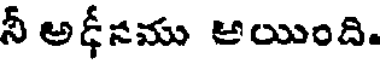
నీ అధీనము అయింది.